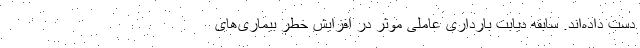
دست داده‌اند. سابقه دیابت بارداری عاملی موثر در افزایش خطر بیماری‌های